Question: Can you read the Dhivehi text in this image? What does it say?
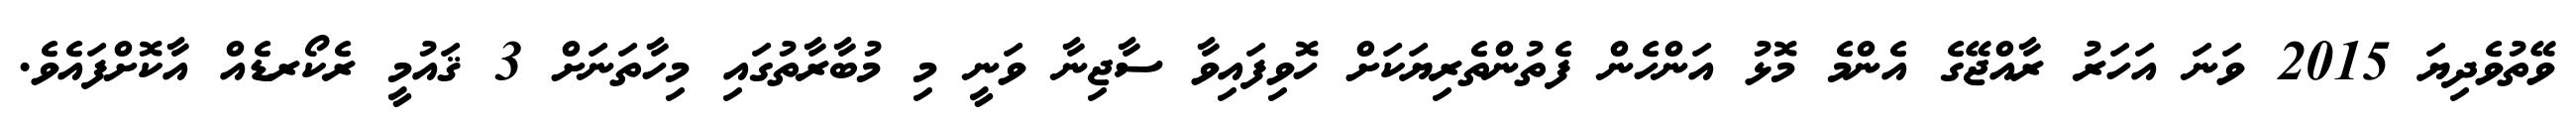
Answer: ވޭތުވެދިޔަ 2015 ވަނަ އަހަރު ރާއްޖޭގެ އެންމެ މޮޅު އަންހެން ފެތުންތެރިޔަކަށް ހޮވިފައިވާ ސާޖިނާ ވަނީ މި މުބާރާތުގައި މިހާތަނަށް 3 ޤައުމީ ރެކޯރޑެއް އާކޮށްފައެވެ.